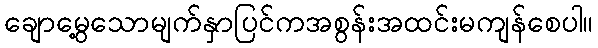
ချောမွေ့သောမျက်နှာပြင်ကအစွန်းအထင်းမကျန်စေပါ။